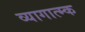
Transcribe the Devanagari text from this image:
व्यागात्म्क